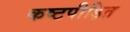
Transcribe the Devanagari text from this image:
कष्टपीड़ित